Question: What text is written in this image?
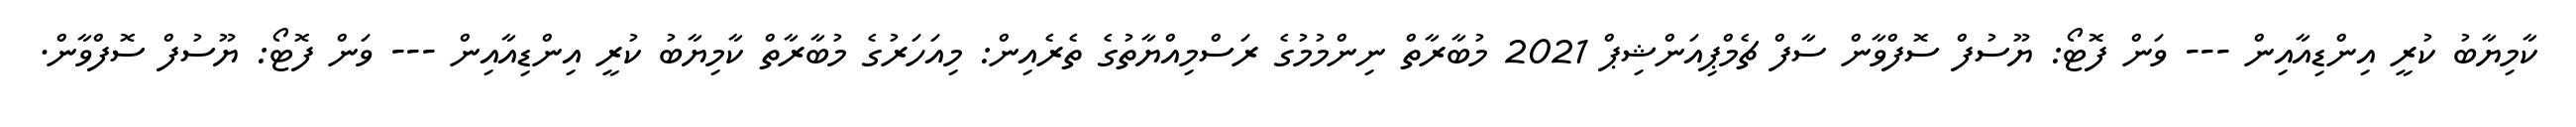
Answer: ކާމިޔާބު ކުރީ އިންޑިއާއިން --- ވަން ފޮޓޯ: ޔޫސުފް ސޮފްވާން ސާފް ޗެމްޕިއަންޝިޕް 2021 މުބާރާތް ނިންމުމުގެ ރަސްމިއްޔާތުގެ ތެރެއިން: މިއަހަރުގެ މުބާރާތް ކާމިޔާބު ކުރީ އިންޑިއާއިން --- ވަން ފޮޓޯ: ޔޫސުފް ސޮފްވާން.